system: You are a helpful assistant.
user:
Analyze the provided spectrum to determine if it is a **White Dwarf (WD)**.

A White Dwarf spectrum is defined by its **extreme purity** (due to gravitational settling) and/or **extreme pressure broadening** (due to high surface gravity). You must check for one of the following mutually exclusive signatures:

- **Key Visual Indicators (Check for ONE of these types):**

    - **1. DA-Type Signature (Most Common):**
        - **(Primary Feature):** Extreme pressure broadening (Stark broadening) of the **Hydrogen (H) Balmer lines**.
        - **(Key Lines):** $H\beta$ (approx. $4861$ Å) and $H\gamma$ (approx. $4340$ Å). $H\alpha$ (approx. $6563$ Å) will also be present if the wavelength range covers it.
        - **(Line Profile):** This is the **defining feature**. The lines are **NOT** sharp. They appear as massive, **extremely broad and deep "troughs" or "dips"** in the spectrum, often hundreds of Ångströms wide. The continuum will appear to "scoop" down at these wavelengths.
        - **(Distinction):** Normal A-type or B-type stars have *narrow* and *sharp* Hydrogen lines. A DA White Dwarf's lines are unmistakably "smeared" or "blurry" from pressure.

    - **2. DB-Type Signature:**
        - **(Primary Feature):** Broad absorption lines from **Neutral Helium (He I)**. The spectrum must lack any visible Hydrogen lines.
        - **(Key Lines):** Look for broad absorption near $4471$ Å, $4921$ Å, and $5876$ Å.
        - **(Line Profile):** These lines are also significantly pressure-broadened, appearing much wider than they would in a normal B-type main-sequence star.

    - **3. DC-Type Signature:**
        - **(Primary Feature):** A **featureless continuous spectrum**.
        - **(Line Profile):** The spectrum is a smooth curve with **no significant absorption or emission lines**.
        - **(Key Confirmation):** The continuum is almost always **blue or white**, indicating a hot object. This signature implies the atmosphere is so pure (or so cool) that no spectral lines are visible in the optical range. Its WD identity is confirmed by its extremely low intrinsic brightness (high absolute magnitude).

    - **4. DZ-Type Signature (Metal-Polluted):**
        - **(Primary Feature):** **Isolated, narrow metal absorption lines** on an otherwise featureless (DC-like) continuum.
        - **(Key Lines):** The **Calcium (Ca II) H & K doublet** (approx. **$3934$ Å** and **$3968$ Å**) is the most common and defining feature.
        - **(Line Profile):** These lines are "out of place." They are *not* part of a "forest" of thousands of lines. This signature is evidence of recent *accretion* (pollution) from rocky debris.
        - **(Distinction):** Normal G/K/M stars have a *dense forest* of thousands of metal lines. A DZ has a *clean* continuum with *only a few* strong metal lines.

    - **5. DQ-Type Signature (Carbon-Polluted):**
        - **(Primary Feature):** Absorption bands from **Carbon (C₂ "Swan Bands" or atomic C I)**.
        - **(Key Lines - C₂):** Look for bandheads with a "saw-tooth" shape near $5635$ Å, **$5165$ Å** (strongest), and $4737$ Å.
        - **(Key Confirmation):** The underlying **continuum must be blue or white** (hot).
        - **(Distinction):** This is the critical difference from a **Carbon Star**, which has the *exact same* C₂ bands but on an extremely **red, cool** continuum.

- **(Overall Spectrum):**
    - The continuum (overall shape) is typically **blue-sloping** (brighter in the blue than the red), as most white dwarfs are very hot.
    - The spectrum will look "pure" or "simple," dominated by only *one* of the five signatures listed above.

Think first, call **spectral_visualization_tool** if needed to examine features in detail, then provide your final answer. Your response must adhere to the following strict rules:
1.  **Overall Structure:** Your response must follow the format `<think>...</think> <tool_call>...</tool_call> (if a tool is used) <answer>...</answer>`.
2.  **Tool Usage Constraint:** You may only make **one** tool call per turn.
3.  **Final Answer Format:** In the `<answer>` tag, your conclusion must be inside a `\boxed{}` command (e.g., `\boxed{YES}` or `\boxed{NO}`), followed by your justification.

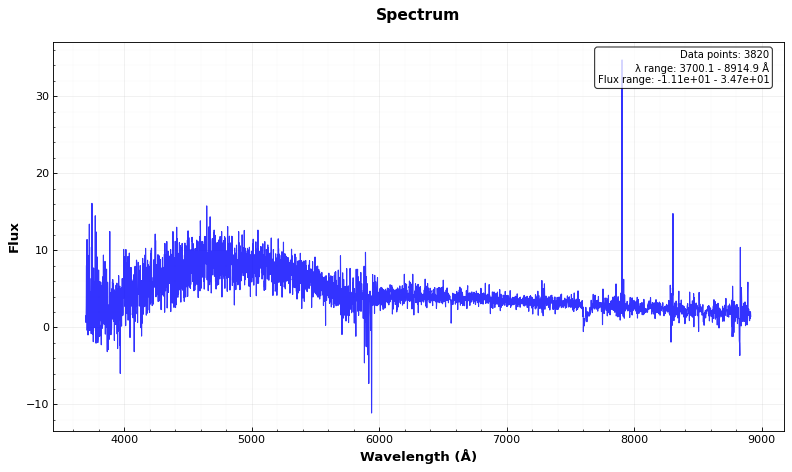
Answer: NO